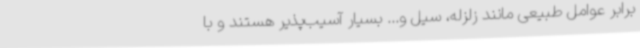
برابر عوامل طبیعی مانند زلزله، سیل و... بسیار آسیب‌پذیر هستند و با